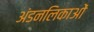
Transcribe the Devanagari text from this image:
अंडनलिकाओं